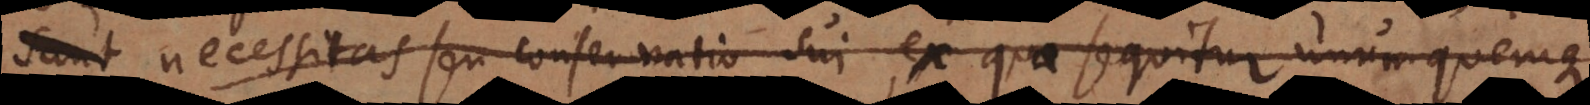
st necessitas seu conservatio sui, ex qua sequitur unumquemque